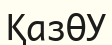
ҚазӨУ